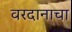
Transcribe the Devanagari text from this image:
वरदानाचा